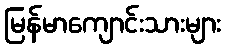
မြန်မာကျောင်းသားများ